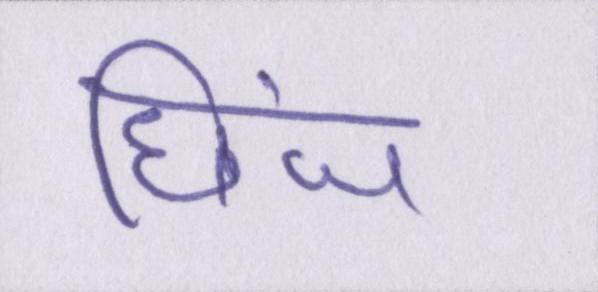
छिंज